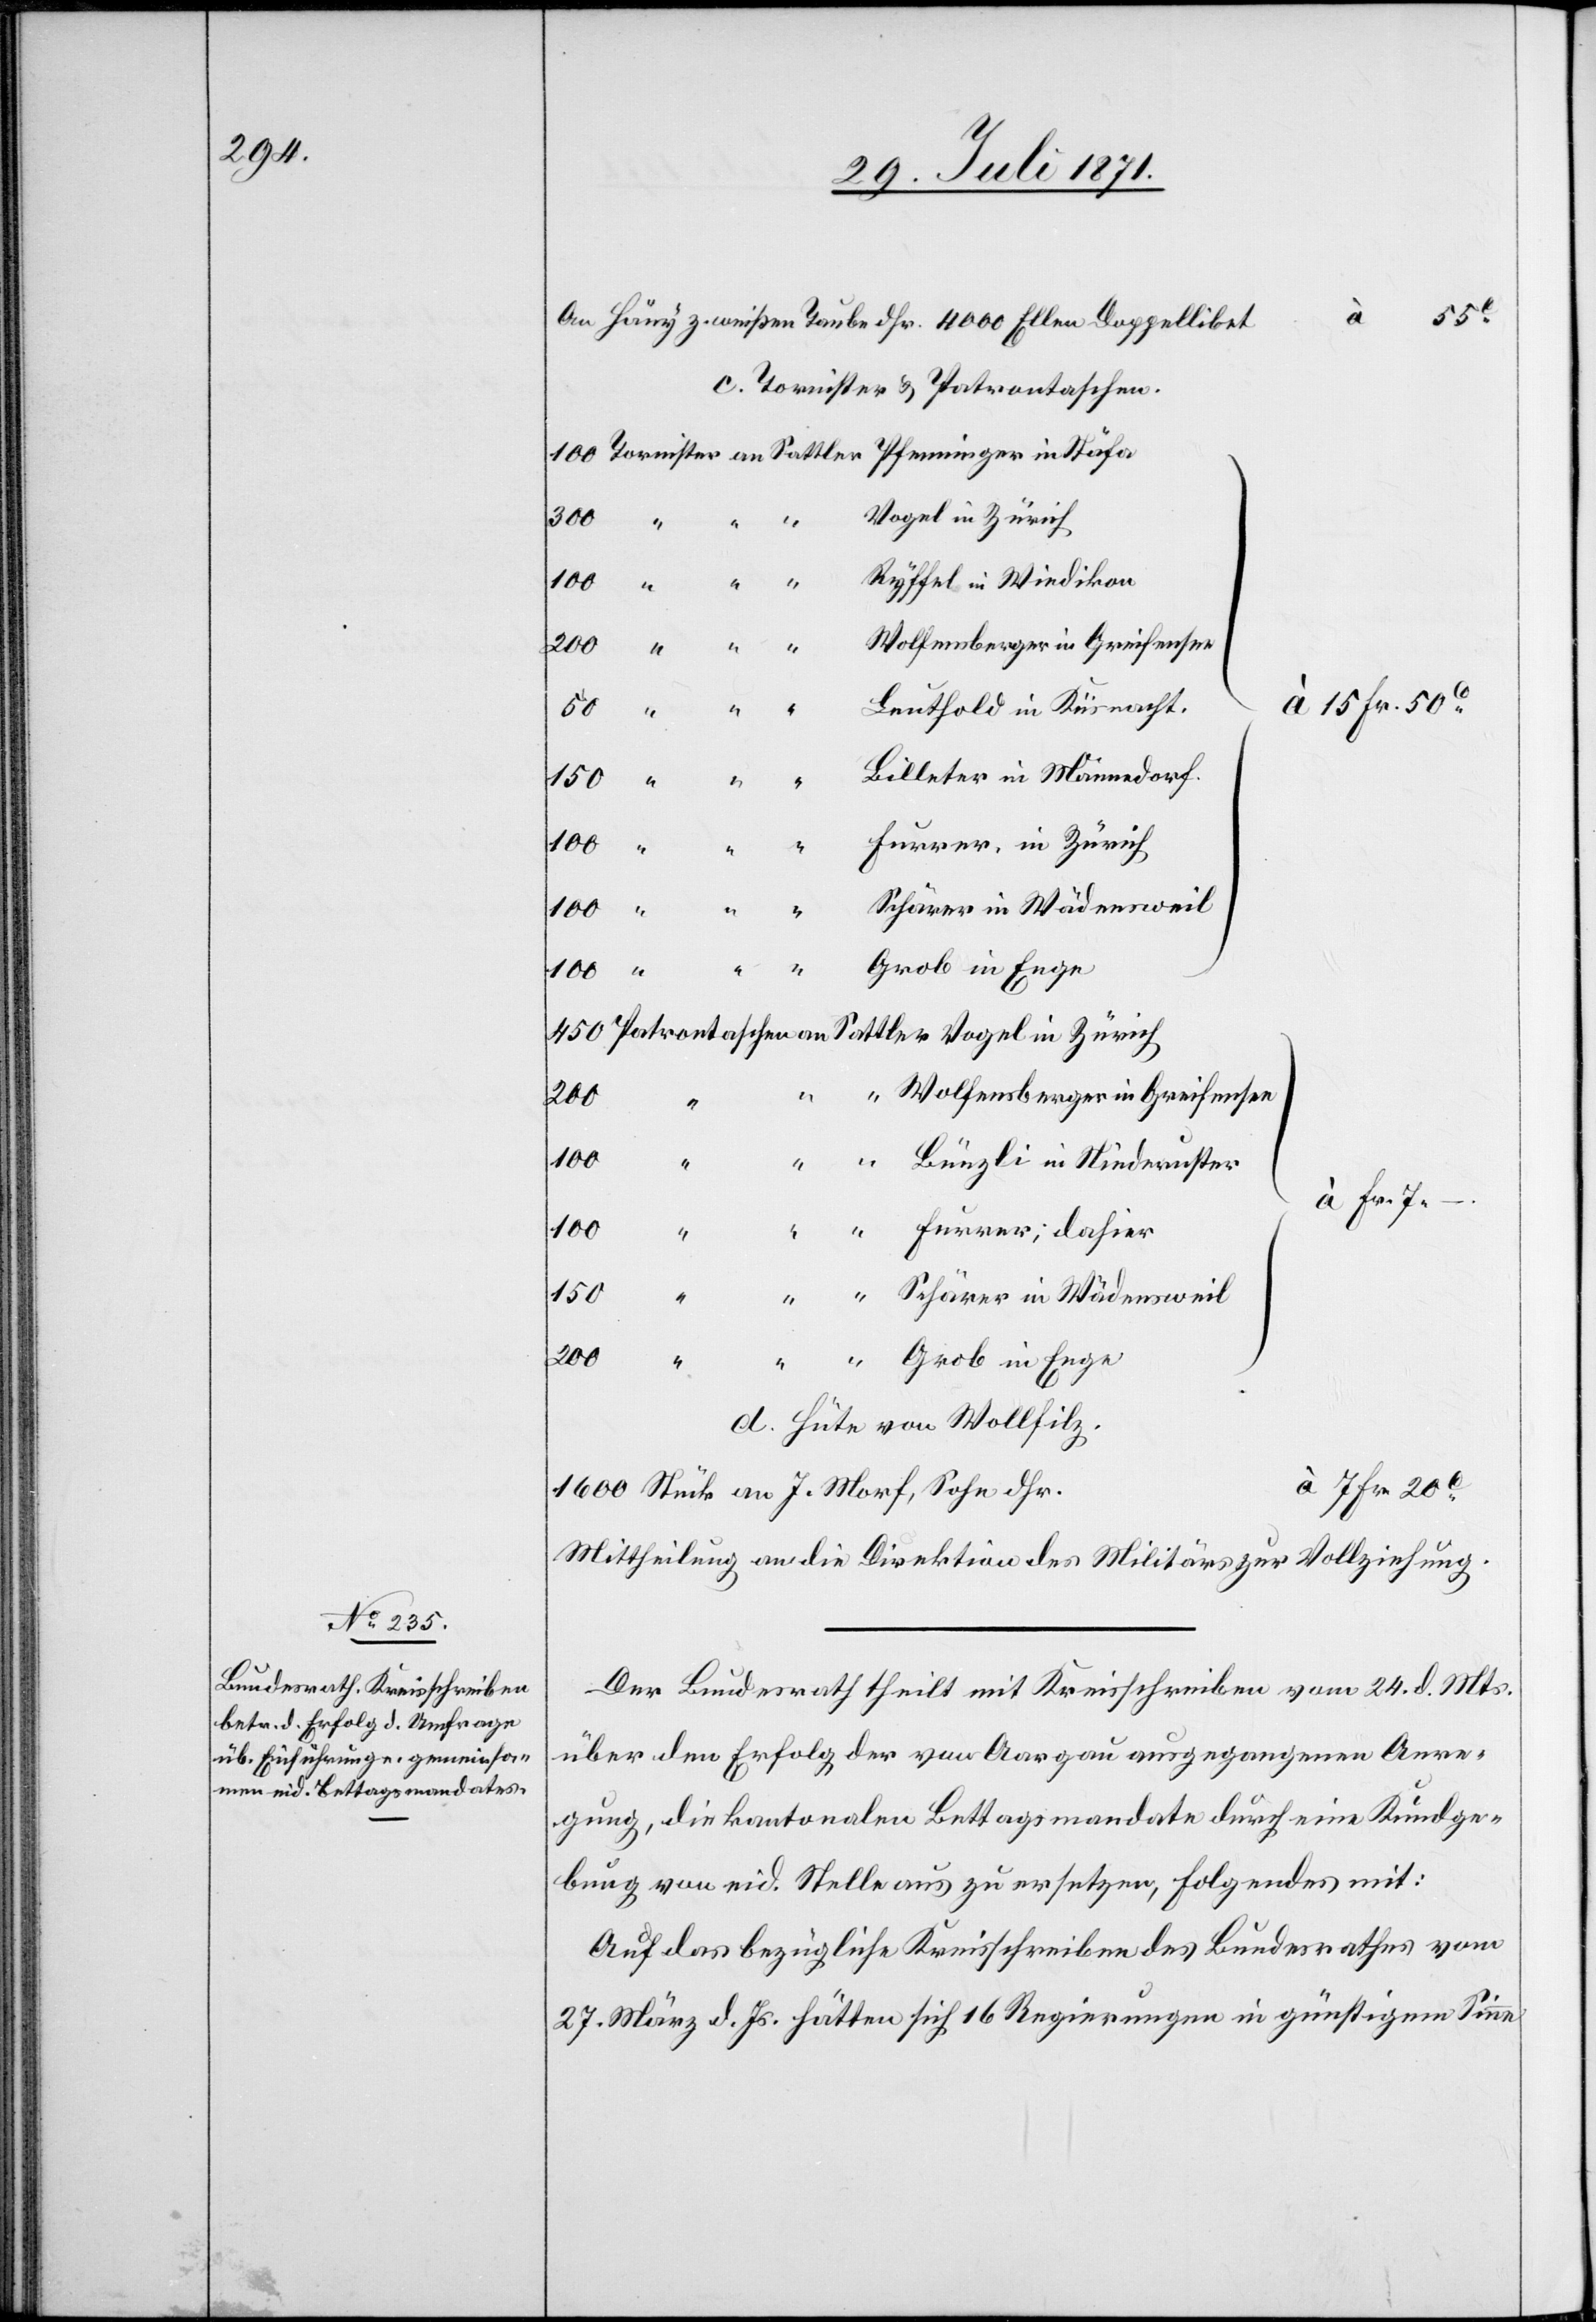
c. Tornister u. Patrontaschen.
Vogel in Zürich
[15. Fr. 50c.]
Schärer in Wädensweil
Grob in Enge
7 Fr.
Wolfensberger in Greifensee
20c.
Bünzli in Niederuster
100
7.–
d. Hüte von Wollfilz.
1600 Stück an J. Morf, Sohn,
Mittheilung an die Direktion des Militärs zur Vollziehung.
Der Bundesrath theilt mit Kreisscheiben vom 24. d. Mts.
über den Erfolg der von Aargau ausgegangenen Anre¬
gung, die kantonalen Bettagsmandate durch eine Kundge¬
bung von eid. Stelle aus zu ersetzen, Folgendes mit:
Auf das bezügliche Kreisschreiben des Bundesrathes vom
27. März d. Js. hätten sich 16 Regierungen in günstigem Sinne